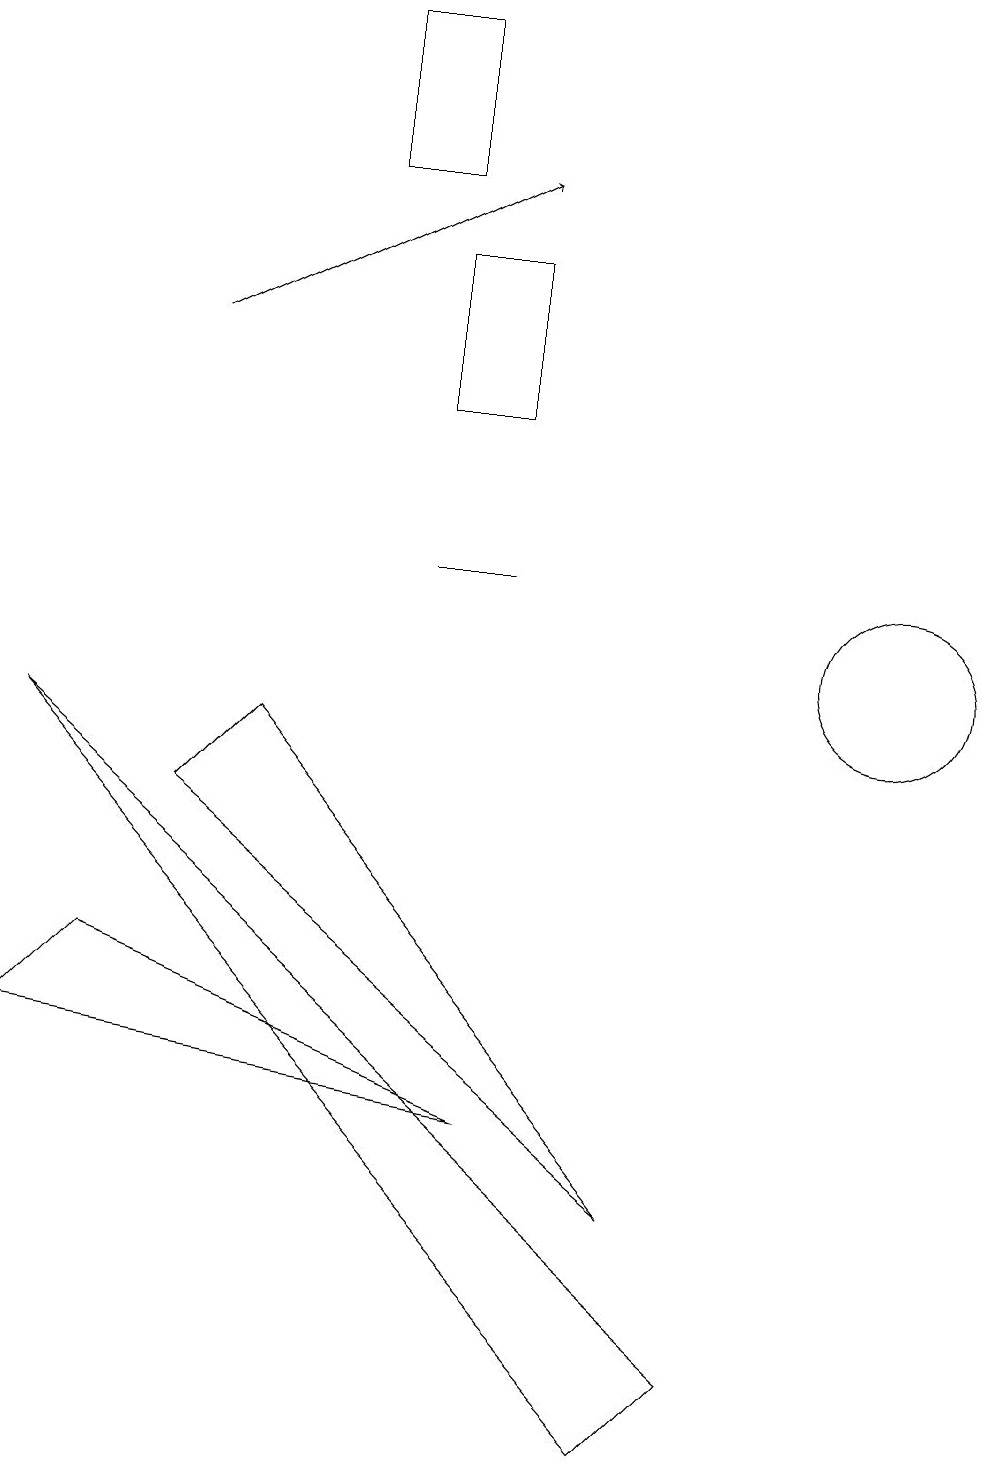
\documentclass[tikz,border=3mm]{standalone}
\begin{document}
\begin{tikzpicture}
\draw (11,10) circle (1);
\draw (6,11) rectangle (5,11);
\draw (5,16) rectangle (4,18);
\draw (6,13) rectangle (5,15);
\draw[->] (2,14) -- (6,16);
\draw (1,6) -- (6,4) -- (0,5) -- cycle;
\draw (9,1) -- (0,9) -- (8,0) -- cycle;
\draw (3,9) -- (8,3) -- (2,8) -- cycle;
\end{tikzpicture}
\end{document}